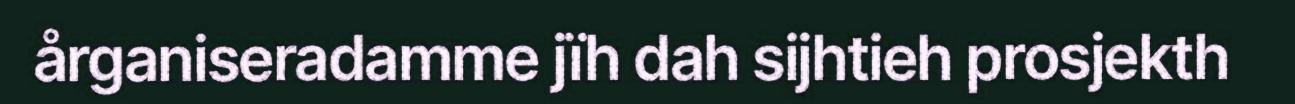
årganiseradamme jïh dah sijhtieh prosjekth